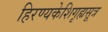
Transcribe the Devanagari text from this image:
हिरण्यकेशिगृह्यसूत्र